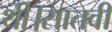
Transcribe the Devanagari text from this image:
थी।सातवीं